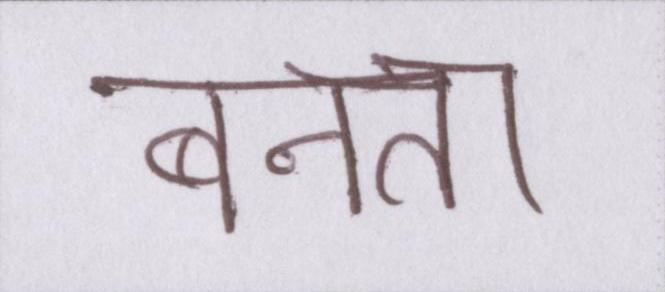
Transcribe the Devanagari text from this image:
बनता